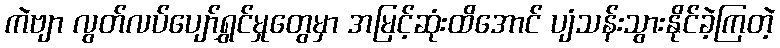
ကဲဗျာ လွတ်လပ်ပျော်ရွှင်မှုတွေမှာ အမြင့်ဆုံးထိအောင် ပျံသန်းသွားနိုင်ခဲ့ကြတဲ့